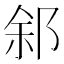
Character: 䣄